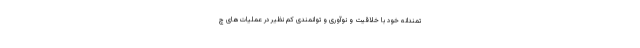
تمندانه خود با خلاقیت و نوآوری و توانمندی کم نظیر در عملیات‌های چ